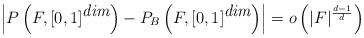
LaTeX: \begin{align*}\left|P\left(F, [0, 1]^{\mbox{\it dim}}\right) - P_B\left(F, [0, 1]^{\mbox{\it dim}}\right)\right| = o\left(|F|^\frac{d - 1}{d}\right) \ \end{align*}